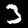
Digit: 3